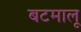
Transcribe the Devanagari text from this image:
बटमालू